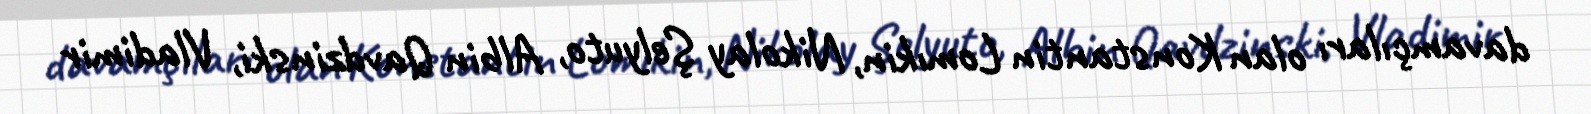
davamçıları olan Konstantin Lomıkin, Nikolay Şelyuto, Albin Qavdzinski, Vladimir